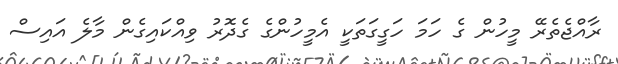
ރާއްޖެތެރޭ މީހުން ގެ ހަމަ ހަގީގަތަކީ އެމީހުންގެ ގެދޮރު ވިއްކައިގެން މާލެ އައިސް